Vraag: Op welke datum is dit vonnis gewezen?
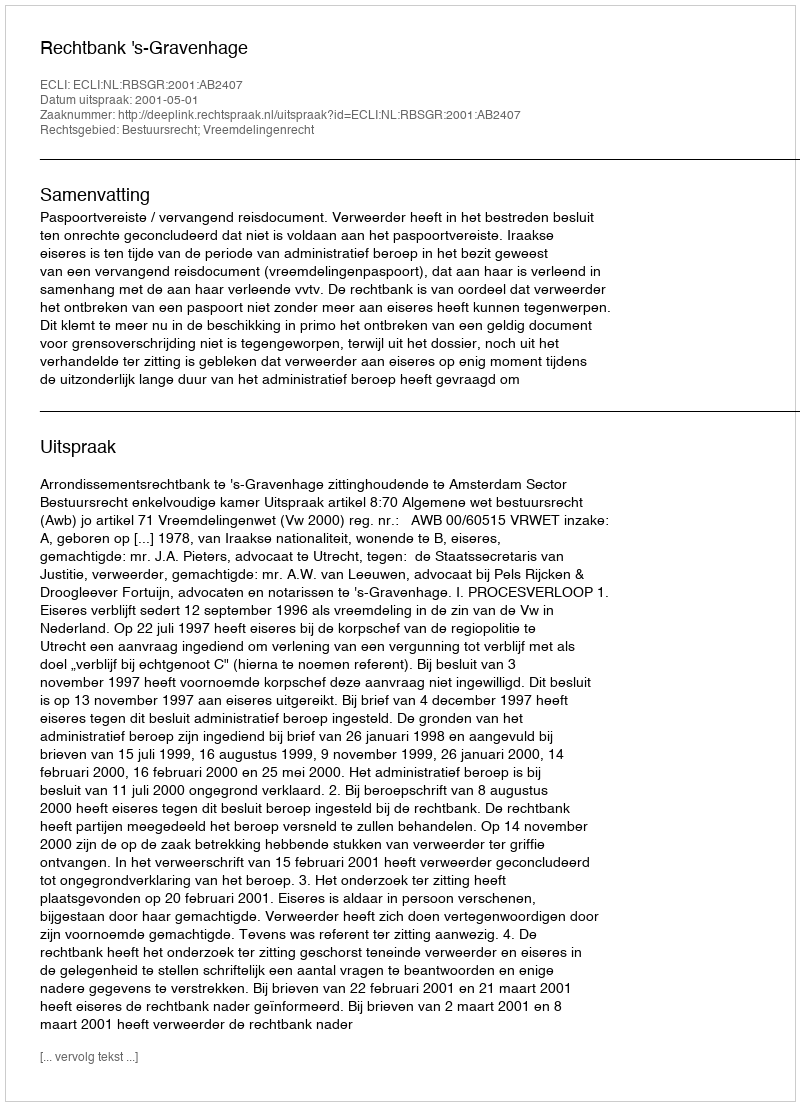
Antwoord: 2001-05-01